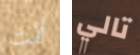
أنت تالي